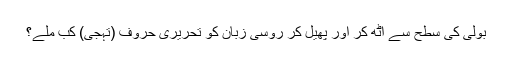
بولی کی سطح سے اٹھ کر اور پھیل کر روسی زبان کو تحریری حروف (تہجی) کب ملے؟